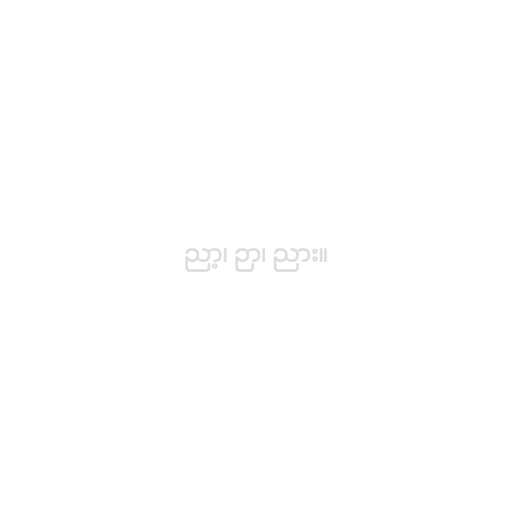
ညာ့၊ ဉာ၊ ညား။